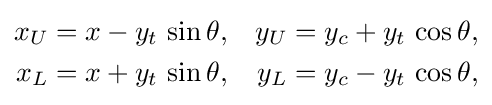
{\begin{aligned}x_{U}&=x-y_{t}\,\sin \theta ,&y_{U}&=y_{c}+y_{t}\,\cos \theta ,\\x_{L}&=x+y_{t}\,\sin \theta ,&y_{L}&=y_{c}-y_{t}\,\cos \theta ,\end{aligned}}